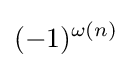
(-1)^{\omega (n)}